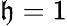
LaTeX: \mathfrak{h}=1